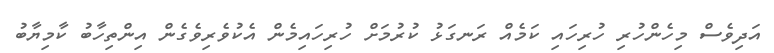
އަދިވެސް މިހެންހުރި ހުރިހައި ކަމެއް ރަނގަޅު ކުރުމަށް ހުރިހައިމެން އެކުވެރިވެގެން އިންތިހާބު ކާމިޔާބު